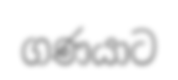
ගණයාට